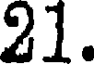
21.